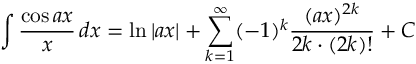
\int { \frac { \cos a x } { x } } \, d x = \ln | a x | + \sum _ { k = 1 } ^ { \infty } ( - 1 ) ^ { k } { \frac { ( a x ) ^ { 2 k } } { 2 k \cdot ( 2 k ) ! } } + C